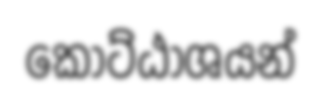
කොට්ඨාශයන්